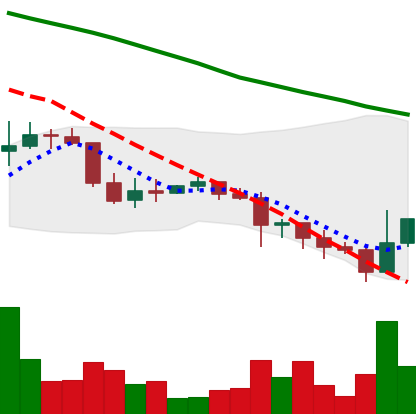
Ticker: DOGE-USD
Chart end date: 2022-01-12
Forward return: 5.872%
Label: up_5_7